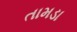
તામડા